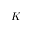
K